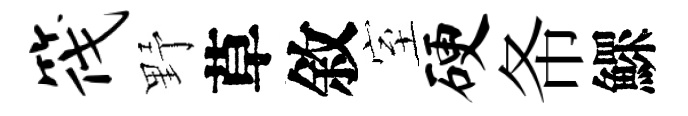
筏野草敘室硬𢁙鰥